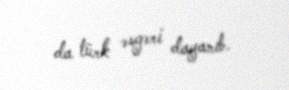
da türk əsgəri dayanıb.